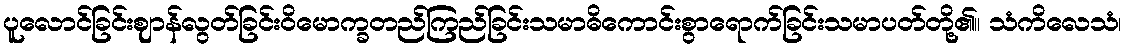
ပူလောင်ခြင်းဈာန်လွတ်ခြင်းဝိမောက္ခတည်ကြည်ခြင်းသမာဓိကောင်းစွာရောက်ခြင်းသမာပတ်တို့၏။ သံကိလေသံ၊